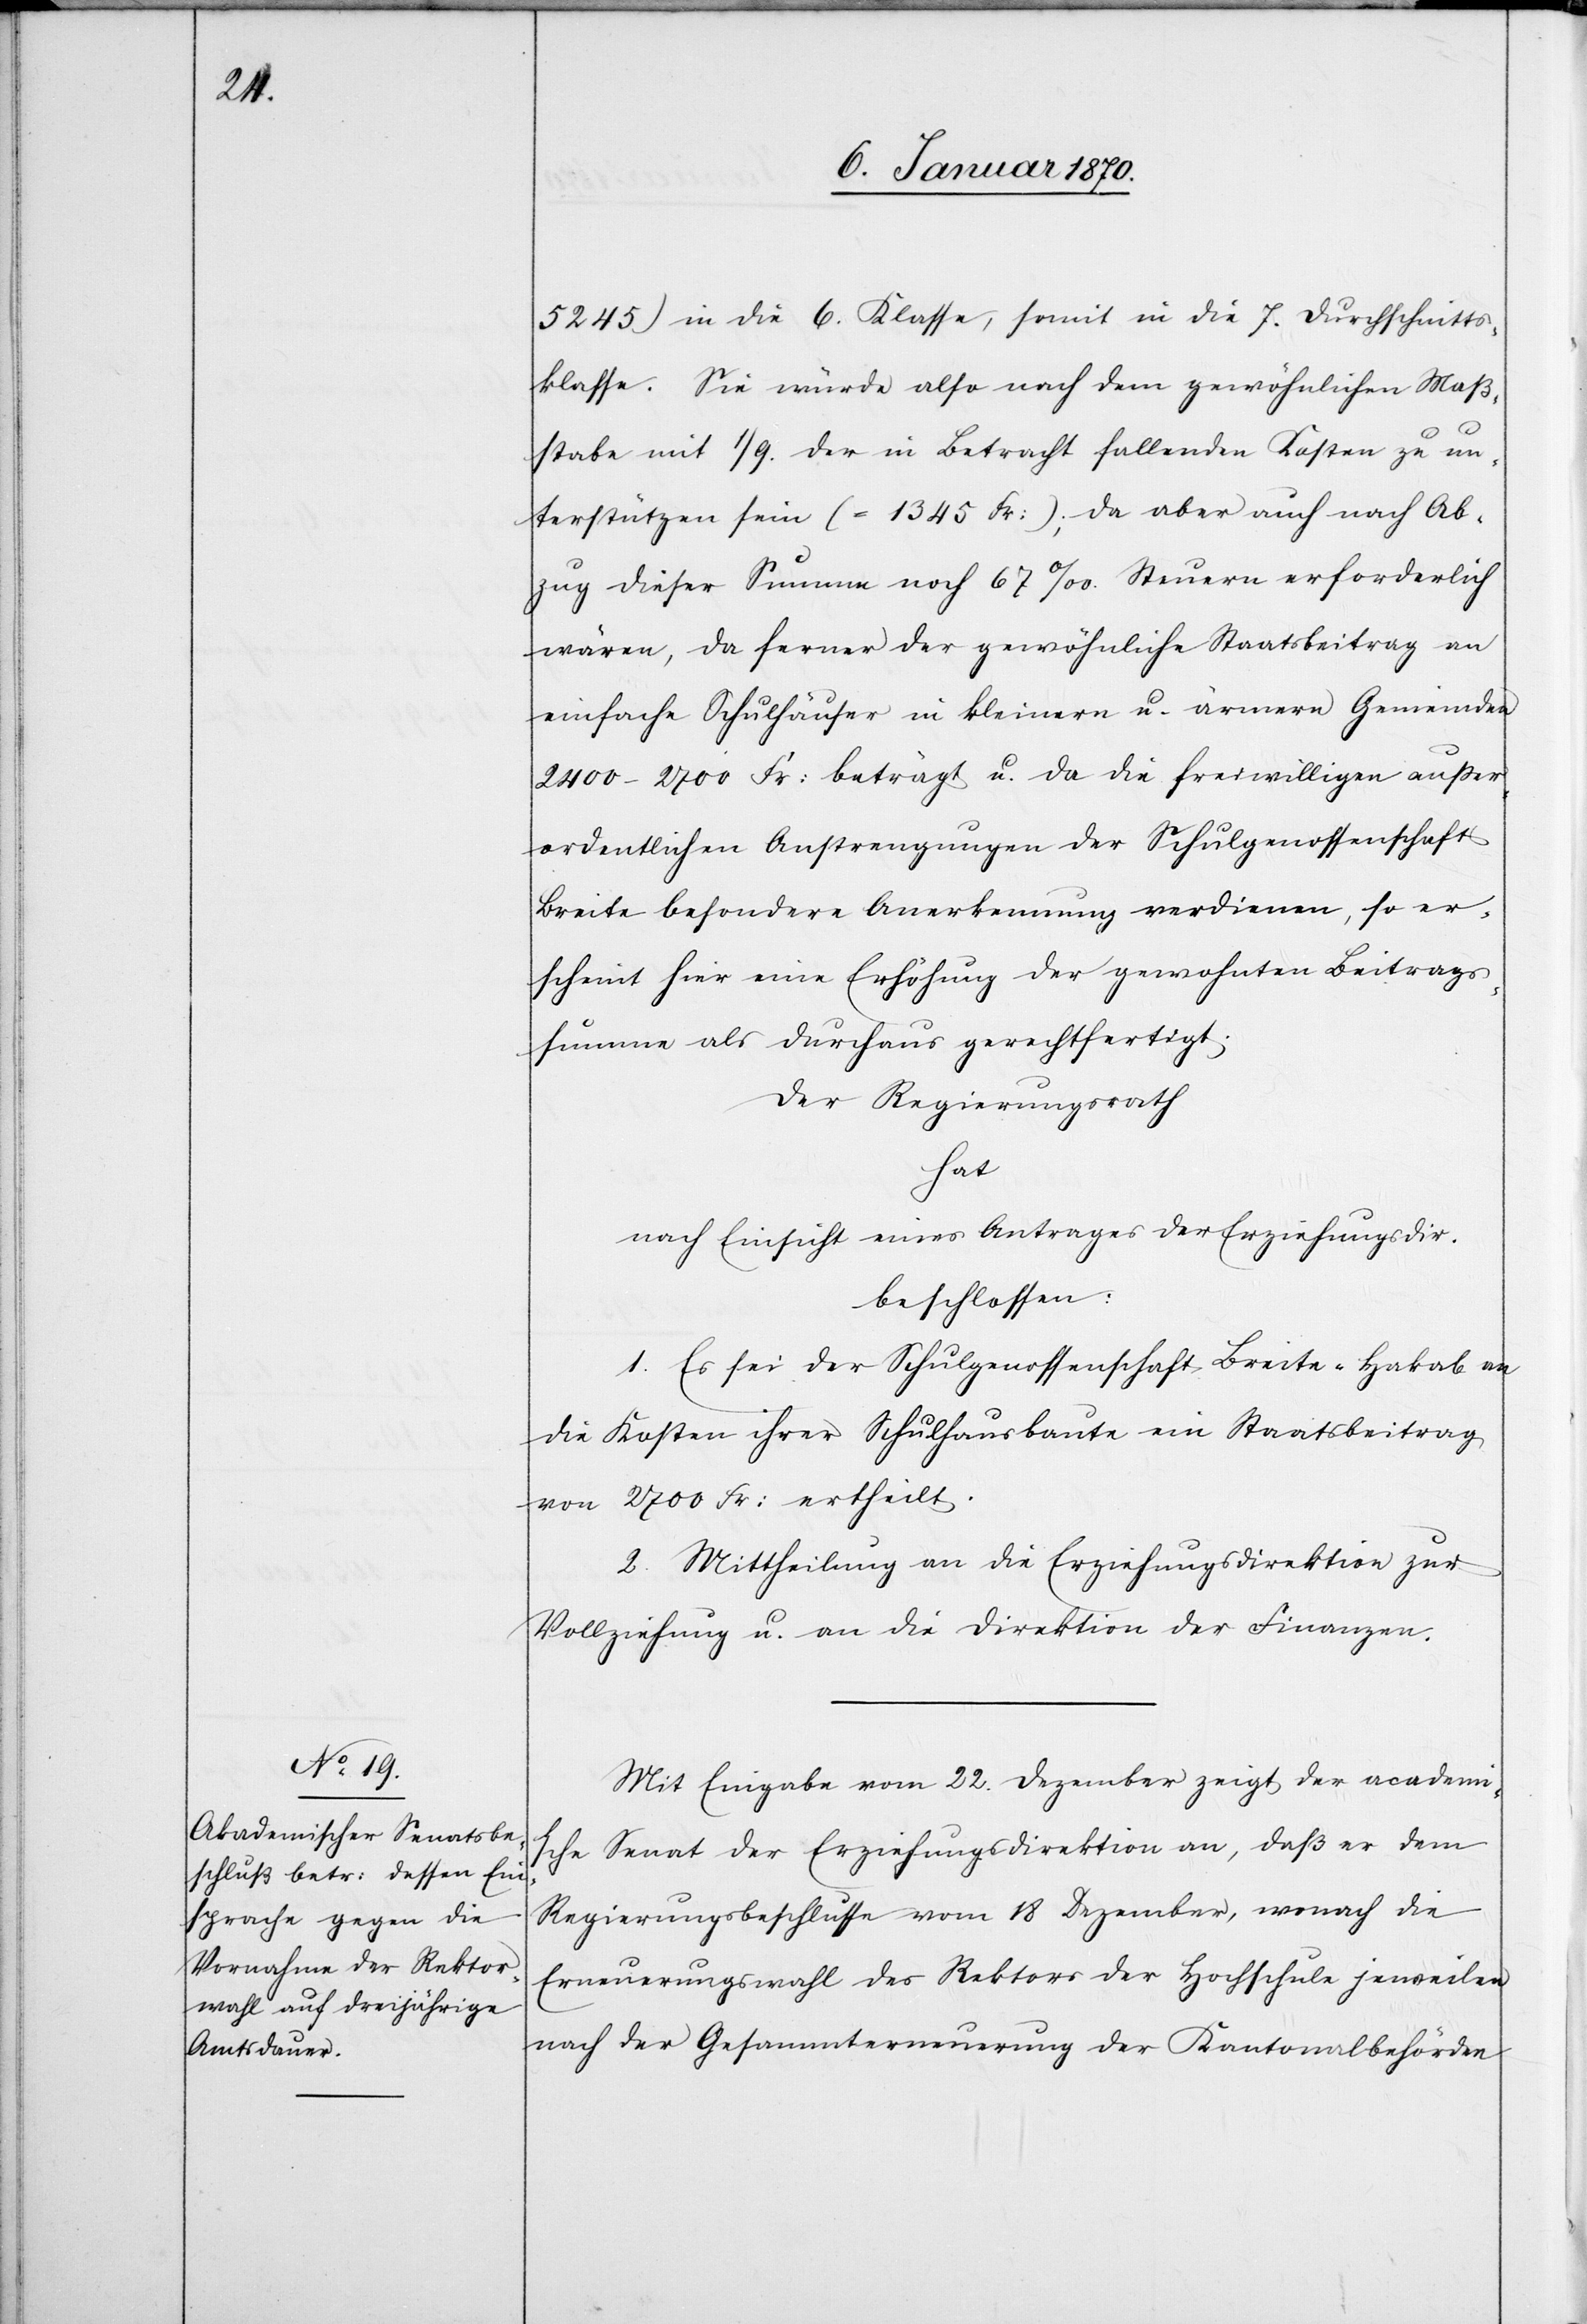
5245) in die 6. Klasse, somit in die 7. Durchschnitts¬
klasse. Sie würde also nach dem gewöhnlichen Maß¬
stabe mit 1/9. der in Betracht fallenden Kosten zu un¬
terstützen sein (= 1345 Fr:); da aber auch nach Ab¬
zug dieser Summe noch 67‰ Steuern erforderlich
wären, da ferner der gewöhnliche Staatsbeitrag an
einfache Schulhäuser in kleinern u. ärmern Gemeinden
2400-2700 Fr: beträgt u. da die freiwilligen außer¬
ordentlichen Anstrengungen der Schulgenossenschaft
Breite besondere Anerkennung verdienen, so er¬
scheint hier eine Erhöhung der gewohnten Beitrags¬
summe als durchaus gerechtfertigt.
Der Regierungsrath
hat
nach Einsicht eines Antrages der Erziehungsdir.
beschlossen:
1. Es sei der Schulgenossenschaft Breite-Hakab an
die Kosten ihrer Schulhausbaute ein Staatsbeitrag
von 2700 Fr: ertheilt.
2. Mittheilung an die Erziehungsdirektion zur
Vollziehung u. an die Direktion der Finanzen.
Mit Eingabe vom 22. Dezember zeigt der academi¬
sche Senat der Erziehungsdirektion an, daß er dem
Regierungsbeschlusse vom 18 Dezember, wonach die
Erneuerungswahl des Rektors der Hochschule jeweilen
nach der Gesammterneuerung der Kantonalbehörden